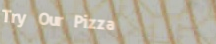
Try Our Pizza